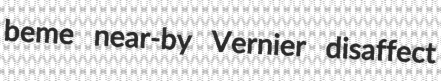
beme near-by Vernier disaffect